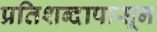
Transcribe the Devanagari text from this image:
प्रतिशब्दापासून